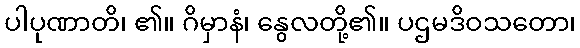
ပါပုဏာတိ၊ ၏။ ဂိမှာနံ၊ နွေလတို့၏။ ပဌမဒိဝသတော၊